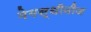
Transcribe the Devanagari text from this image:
मेगस्थीनीज